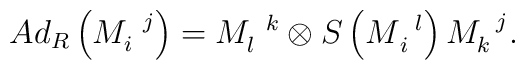
Ad_{R}\left( M_{i}^{\,\,\,\,j}\right) =M_{l}^{\,\,\,\,k}\otimes S\left(M_{\,i}^{\,\,\,\,l}\right) M_{k}^{\,\,\,\,j}.